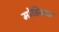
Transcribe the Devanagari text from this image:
मोहिमात